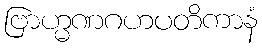
ဗြာဟ္မဏဂဟပတိကာနံ